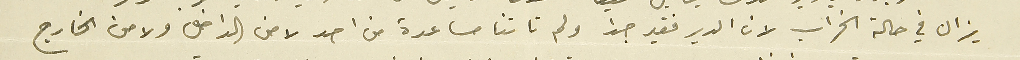
يزال في حالة الخراب لان الدير فقير جداً ولم تاتنا مساعدة من احد لا من الداخل ولا من الخارج